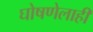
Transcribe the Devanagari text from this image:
घोषणेलाही